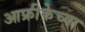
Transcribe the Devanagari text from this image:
आफ्रीकेच्या